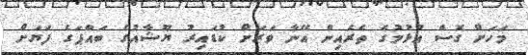
މަހަށް ގޮސް އުޅުމުގެ ތެރެއިން އޭނާ ވަރަށް ކުޑައިރު ޔޫޝާއުގެ ބައްޕަގެ ފަޔަށް